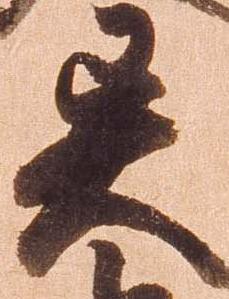
異